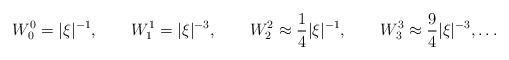
\begin{align*}W_0^0=|\xi |^{-1},\qquad W_1^1=|\xi |^{-3},\qquad W_2^2\approx\frac14|\xi |^{-1},\qquad W^3_3\approx\frac 94|\xi |^{-3},\ldots\end{align*}